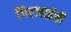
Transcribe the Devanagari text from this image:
गिरजाईची